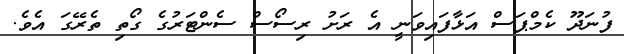
ފުނަދޫ ކެމްޕަސް އަޅާފައިވަނީ އެ ރަށު ރިސޯސް ސެންޓަރުގެ ގޯތި ތެރޭގަ އެވެ.